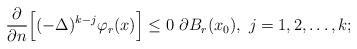
LaTeX: \begin{align*}\frac{\partial}{\partial n}\Big[ (-\Delta)^{k-j}\varphi_{r}(x) \Big] \leq 0 \,\, \partial B_{r}(x_0),\,\, j=1,2,\ldots, k;\end{align*}